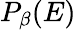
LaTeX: P_{\beta}(E)